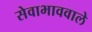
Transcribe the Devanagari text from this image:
सेवाभाववाले